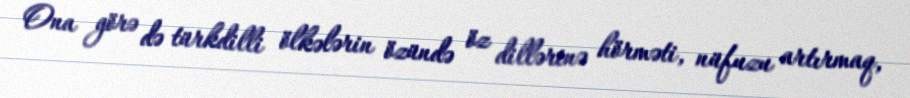
Ona görə də türkdilli ölkələrin özündə öz dillərinə hörməti, nüfuzu artırmaq,